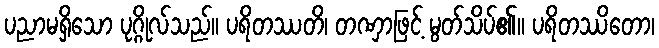
ပညာမရှိသော ပုဂ္ဂိုလ်သည်။ ပရိတဿတိ၊ တဏှာဖြင့် မွတ်သိပ်၏။ ပရိတဿိတော၊